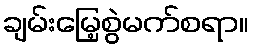
ချမ်းမြေ့စွဲမက်စရာ။